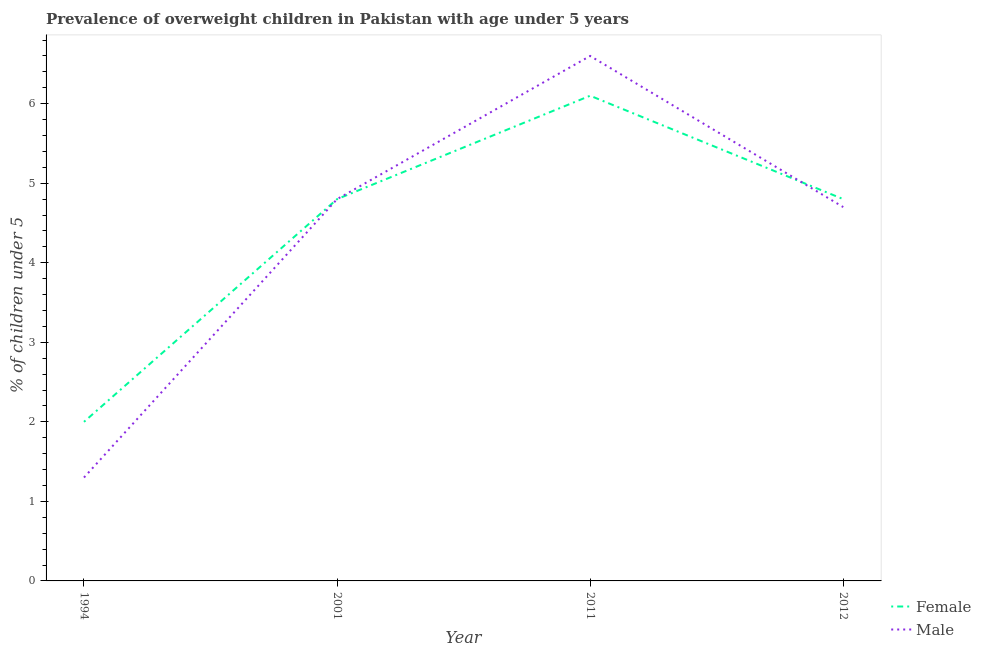
| Year | Female | Male |
 | --- | --- | --- |
 | 1994 | 2 | 1.3 |
 | 2001 | 4.8 | 4.8 |
 | 2011 | 6.1 | 6.6 |
 | 2012 | 4.8 | 4.7 |